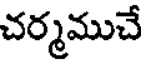
చర్మముచే